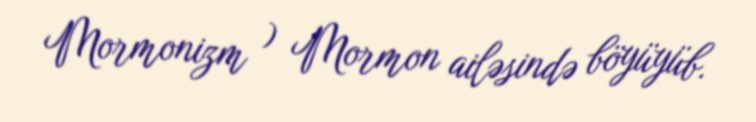
Mormonizm ) Mormon ailəsində böyüyüb.